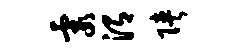
霞渭陕